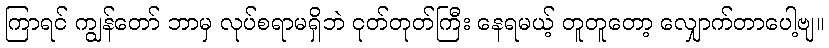
ကြာရင် ကျွန်တော် ဘာမှ လုပ်စရာမရှိဘဲ ငုတ်တုတ်ကြီး နေရမယ့် တူတူတော့ လျှောက်တာပေါ့ဗျ။